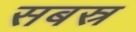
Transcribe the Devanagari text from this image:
सबस्र